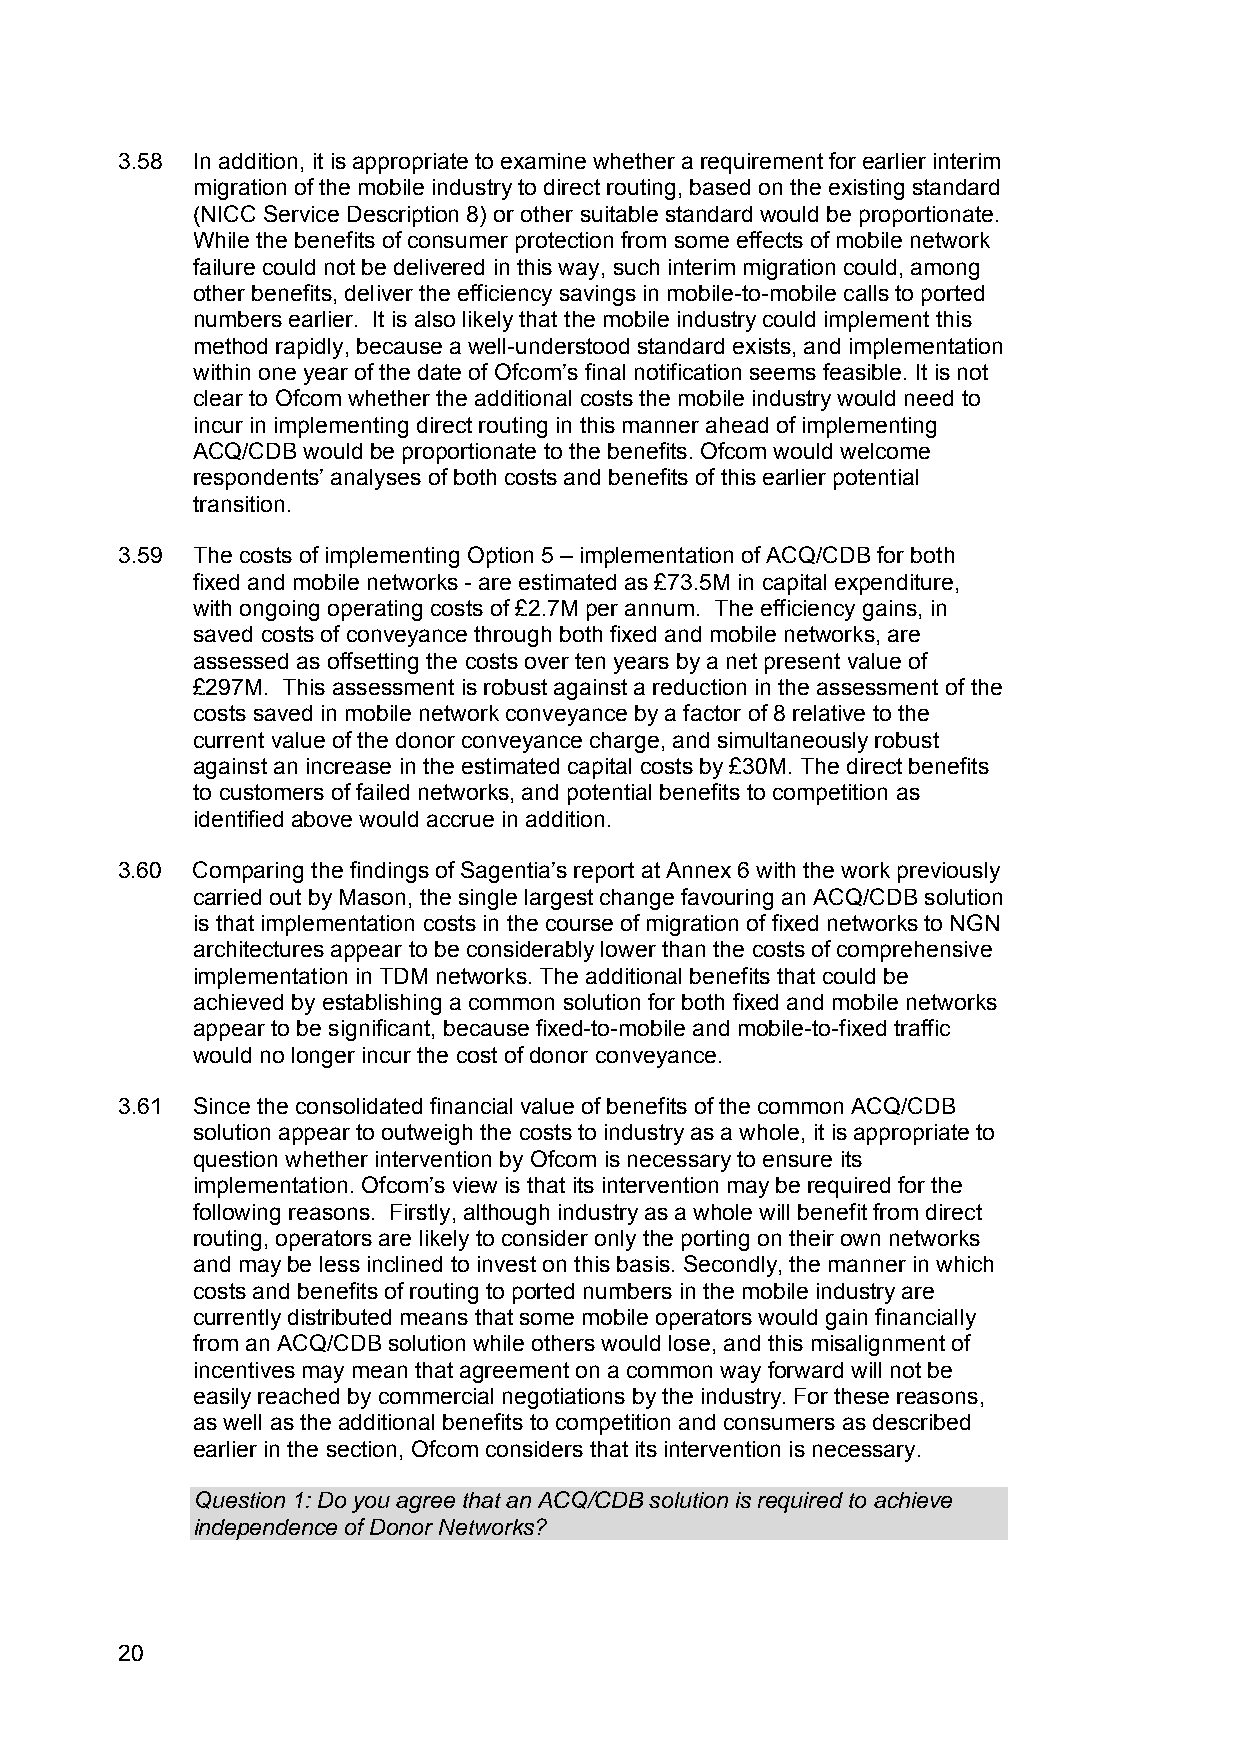
3.58 In addition, it is appropriate to examine whether a requirement for earlier interim
 migration of the mobile industry to direct routing, based on the existing standard
 (NICC Service Description 8) or other suitable standard would be proportionate.
 While the benefits of consumer protection from some effects of mobile network
 failure could not be delivered in this way, such interim migration could, among
 other benefits, deliver the efficiency savings in mobile-to-mobile calls to ported
 numbers earlier. It is also likely that the mobile industry could implement this
 method rapidly, because a well-understood standard exists, and implementation
 within one year of the date of Ofcom’s final notification seems feasible. It is not
 clear to Ofcom whether the additional costs the mobile industry would need to
 incur in implementing direct routing in this manner ahead of implementing
 ACQ/CDB would be proportionate to the benefits. Ofcom would welcome
 respondents’ analyses of both costs and benefits of this earlier potential
 transition.
 3.59 The costs of implementing Option 5 – implementation of ACQ/CDB for both
 fixed and mobile networks - are estimated as £73.5M in capital expenditure,
 with ongoing operating costs of £2.7M per annum. The efficiency gains, in
 saved costs of conveyance through both fixed and mobile networks, are
 assessed as offsetting the costs over ten years by a net present value of
 £297M. This assessment is robust against a reduction in the assessment of the
 costs saved in mobile network conveyance by a factor of 8 relative to the
 current value of the donor conveyance charge, and simultaneously robust
 against an increase in the estimated capital costs by £30M. The direct benefits
 to customers of failed networks, and potential benefits to competition as
 identified above would accrue in addition.
 3.60 Comparing the findings of Sagentia’s report at Annex 6 with the work previously
 carried out by Mason, the single largest change favouring an ACQ/CDB solution
 is that implementation costs in the course of migration of fixed networks to NGN
 architectures appear to be considerably lower than the costs of comprehensive
 implementation in TDM networks. The additional benefits that could be
 achieved by establishing a common solution for both fixed and mobile networks
 appear to be significant, because fixed-to-mobile and mobile-to-fixed traffic
 would no longer incur the cost of donor conveyance.
 3.61 Since the consolidated financial value of benefits of the common ACQ/CDB
 solution appear to outweigh the costs to industry as a whole, it is appropriate to
 question whether intervention by Ofcom is necessary to ensure its
 implementation. Ofcom’s view is that its intervention may be required for the
 following reasons. Firstly, although industry as a whole will benefit from direct
 routing, operators are likely to consider only the porting on their own networks
 and may be less inclined to invest on this basis. Secondly, the manner in which
 costs and benefits of routing to ported numbers in the mobile industry are
 currently distributed means that some mobile operators would gain financially
 from an ACQ/CDB solution while others would lose, and this misalignment of
 incentives may mean that agreement on a common way forward will not be
 easily reached by commercial negotiations by the industry. For these reasons,
 as well as the additional benefits to competition and consumers as described
 earlier in the section, Ofcom considers that its intervention is necessary.
 Question 1: Do you agree that an ACQ/CDB solution is required to achieve
 independence of Donor Networks?
 20